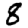
Digit: 8